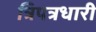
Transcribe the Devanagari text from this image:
त्रिपत्रधारी